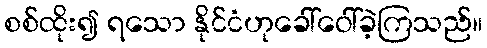
စစ်ထိုး၍ ရသော နိုင်ငံဟုခေါ်ဝေါ်ခဲ့ကြသည်။